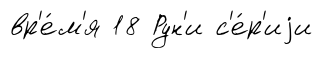
вр'е́м'я 18 Рун'и с'е́р'иjи